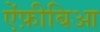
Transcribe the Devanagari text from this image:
ऐंफ़ीबिआ